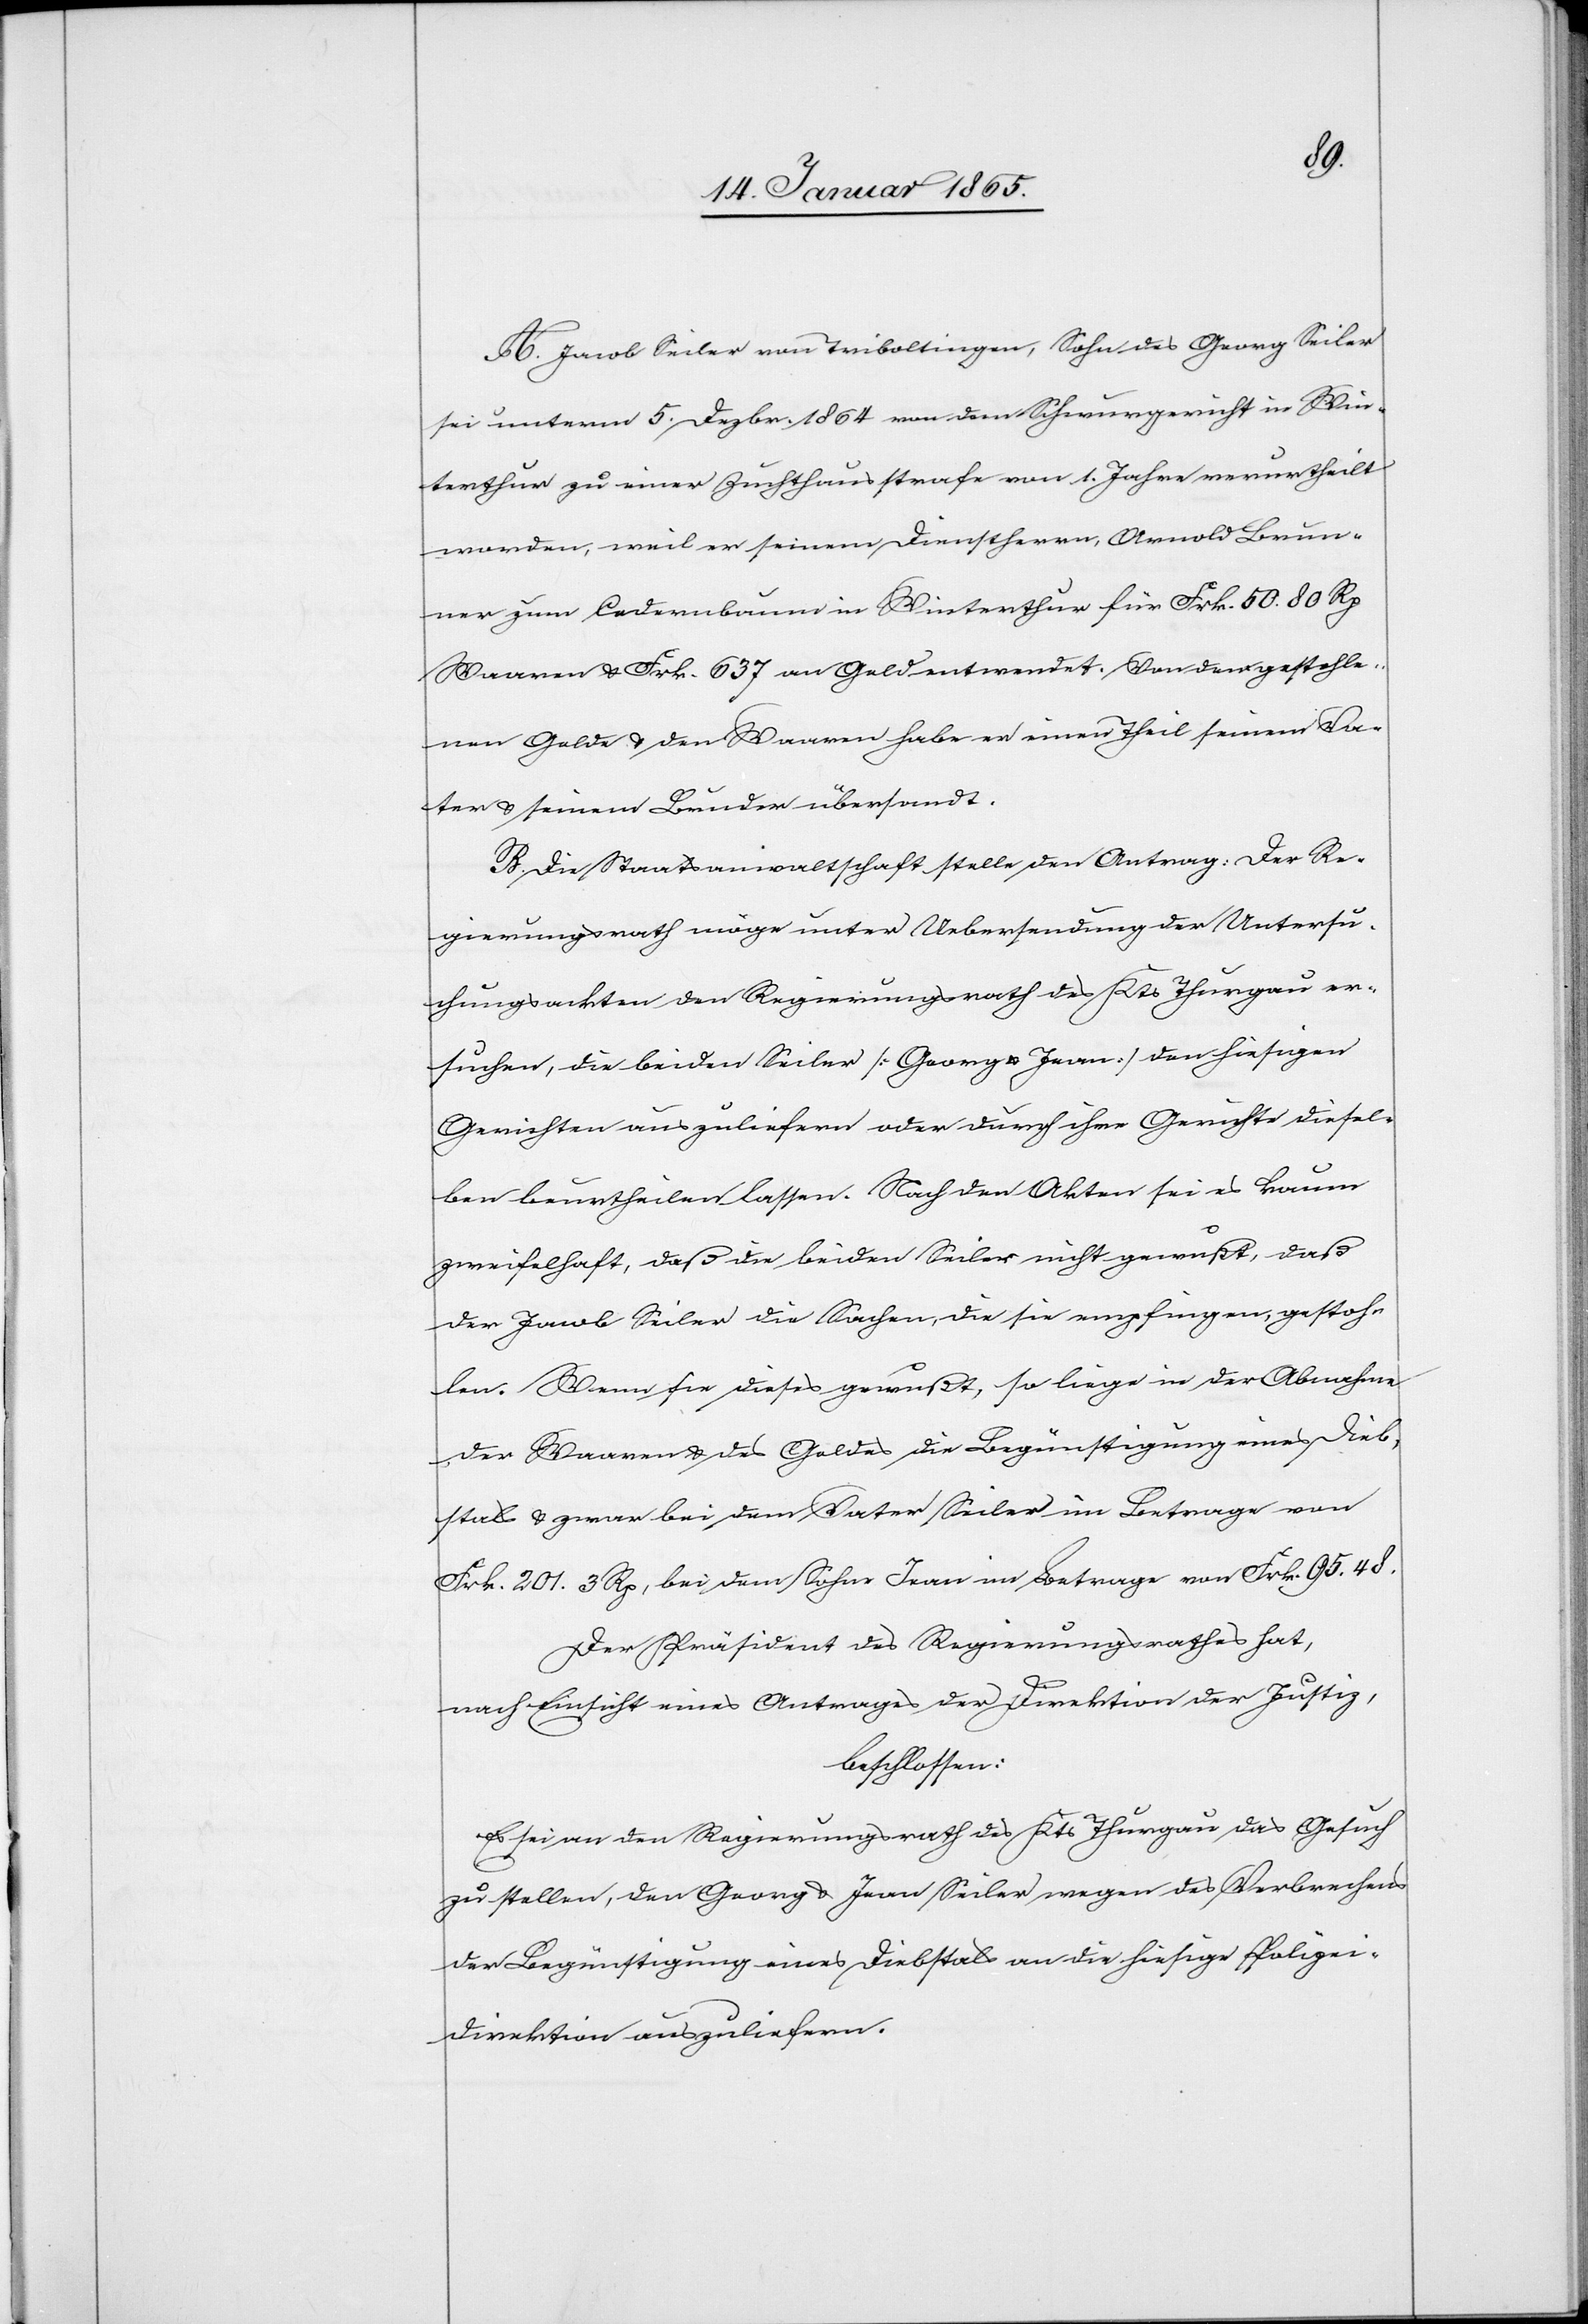
A. Jacob Seiler von Triboltingen, Sohn des Georg Seiler
sei unterm 5. Dezbr. 1864 von dem Schwurgericht in Win¬
terthur zu einer Zuchthausstrafe von 1. Jahre verurtheilt
worden, weil er seinem Dienstherrn, Arnold Brun¬
ner zum Cedernbaum in Winterthur für Frk. 50.80 Rp
Waaren u. Frk. 637 an Geld entwendet. Von dem gestohle¬
nen Gelde u. den Waaren habe er einen Theil seinem Va¬
ter u. seinem Bruder übersandt.
B. Die Staatsanwaltschaft stelle den Antrag: Der Re¬
gierungsrath möge unter Uebersendung der Untersu¬
chungsackten den Regierungsrath des Kts Thurgau er¬
suchen, die beiden Seiler [Georg u. Jean] den hiesigen
Gerichten auszuliefern oder durch ihre Gerichte diesel¬
ben beurtheilen lassen. Nach den Akten sei es kaum
zweifelhaft, daß die beiden Seiler nicht gewußt, daß
der Jacob Seiler die Sachen, die sie empfingen, gestoh¬
len. Wenn sie dieses gewußt, so liege in der Abnahme
der Waaren u. des Geldes die Begünstigung eines Dieb¬
[vor] u. zwar bei dem Vater Seiler im Betrage von
Frk. 201.3 Rp, bei dem Sohn Jean im Betrage von Frk. 95.48.
Der Präsident des Regierungsrathes hat,
stals
nach Einsicht eines Antrages der Direktion der Justiz,
beschlossen:
Es sei an den Regierungsrath des Kts Thurgau das Gesuch
zu stellen, den Georg u. Jean Seiler wegen des Verbrechens
der Begünstigung eines Diebstals an die hiesige Polizei-D¬
irektion auszuliefern.